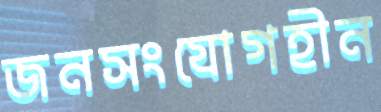
জনসংযোগহীন